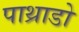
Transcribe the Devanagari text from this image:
पाथ्राडो